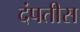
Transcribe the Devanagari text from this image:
दंपतीस